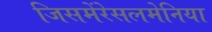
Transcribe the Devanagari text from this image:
जिसमेंरेसलमेनिया